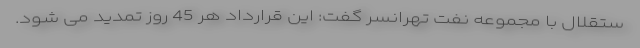
ستقلال با مجموعه نفت تهرانسر گفت: این قرارداد هر 45 روز تمدید می شود.